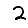
Digit: 2